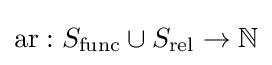
\operatorname {ar} :S_{\operatorname {func} }\cup S_{\operatorname {rel} }\to \mathbb {N}